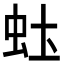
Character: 𬟶